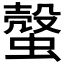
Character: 𧐜